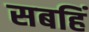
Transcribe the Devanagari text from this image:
सबहिं